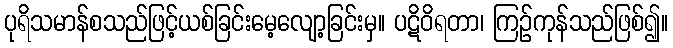
ပုရိသမာန်စသည်ဖြင့်ယစ်ခြင်းမေ့လျော့ခြင်းမှ။ ပဋိဝိရတာ၊ ကြဉ်ကုန်သည်ဖြစ်၍။